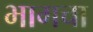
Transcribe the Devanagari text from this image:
भागचा